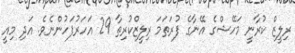
ރިލީޒް ކުރާނީ މަހޭޝްގެ އޭނާގެ ފުރަތަމަ ރިލީޒްކުރިތާ 29 އަހަރުފަހުންނެވެ. އަދި މިއީ